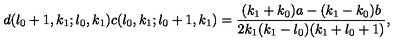
d ( l _ { 0 } + 1 , k _ { 1 } ; l _ { 0 } , k _ { 1 } ) c ( l _ { 0 } , k _ { 1 } ; l _ { 0 } + 1 , k _ { 1 } ) = \frac { ( k _ { 1 } + k _ { 0 } ) a - ( k _ { 1 } - k _ { 0 } ) b } { 2 k _ { 1 } ( k _ { 1 } - l _ { 0 } ) ( k _ { 1 } + l _ { 0 } + 1 ) } ,